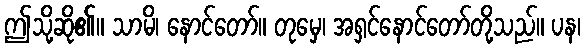
ဤသို့ဆို၏။ သာမိ၊ နောင်တော်။ တုမှေ၊ အရှင်နောင်တော်တို့သည်။ ပန၊